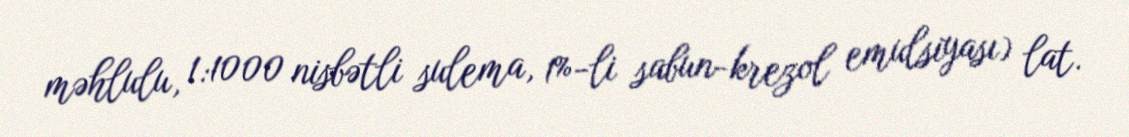
məhlulu, 1:1000 nisbətli sulema, 1%-li sabun-krezol emulsiyası) lat.